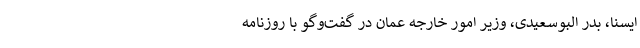
ایسنا، بدر البوسعیدی، وزیر امور خارجه عمان در گفت‌وگو با روزنامه